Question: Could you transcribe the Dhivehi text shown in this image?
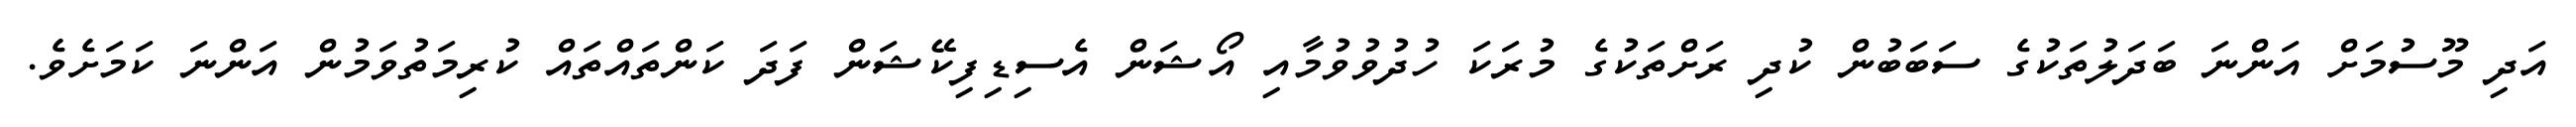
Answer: އަދި މޫސުމަށް އަންނަ ބަދަލުތަކުގެ ސަބަބުން ކުދި ރަށްތަކުގެ މުރަކަ ހުދުވުވުމާއި އޯޝަން އެސިޑިފިކޭޝަން ފަދަ ކަންތައްތައް ކުރިމަތުވަމުން އަންނަ ކަމަށެވެ.